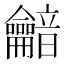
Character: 𪛏